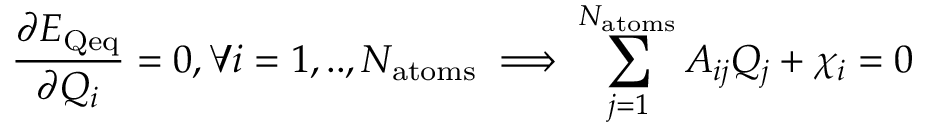
\frac { \partial E _ { \mathrm { Q e q } } } { \partial Q _ { i } } = 0 , \forall i = 1 , . . , N _ { \mathrm { a t o m s } } \implies \sum _ { j = 1 } ^ { N _ { \mathrm { a t o m s } } } A _ { i j } Q _ { j } + \chi _ { i } = 0